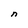
Character: n